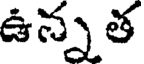
ఉన్న త